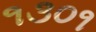
૧૩૦૧